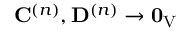
\mathbf { C } ^ { ( n ) } , \mathbf { D } ^ { ( n ) } \to \mathbf { 0 } _ { \mathrm { V } }